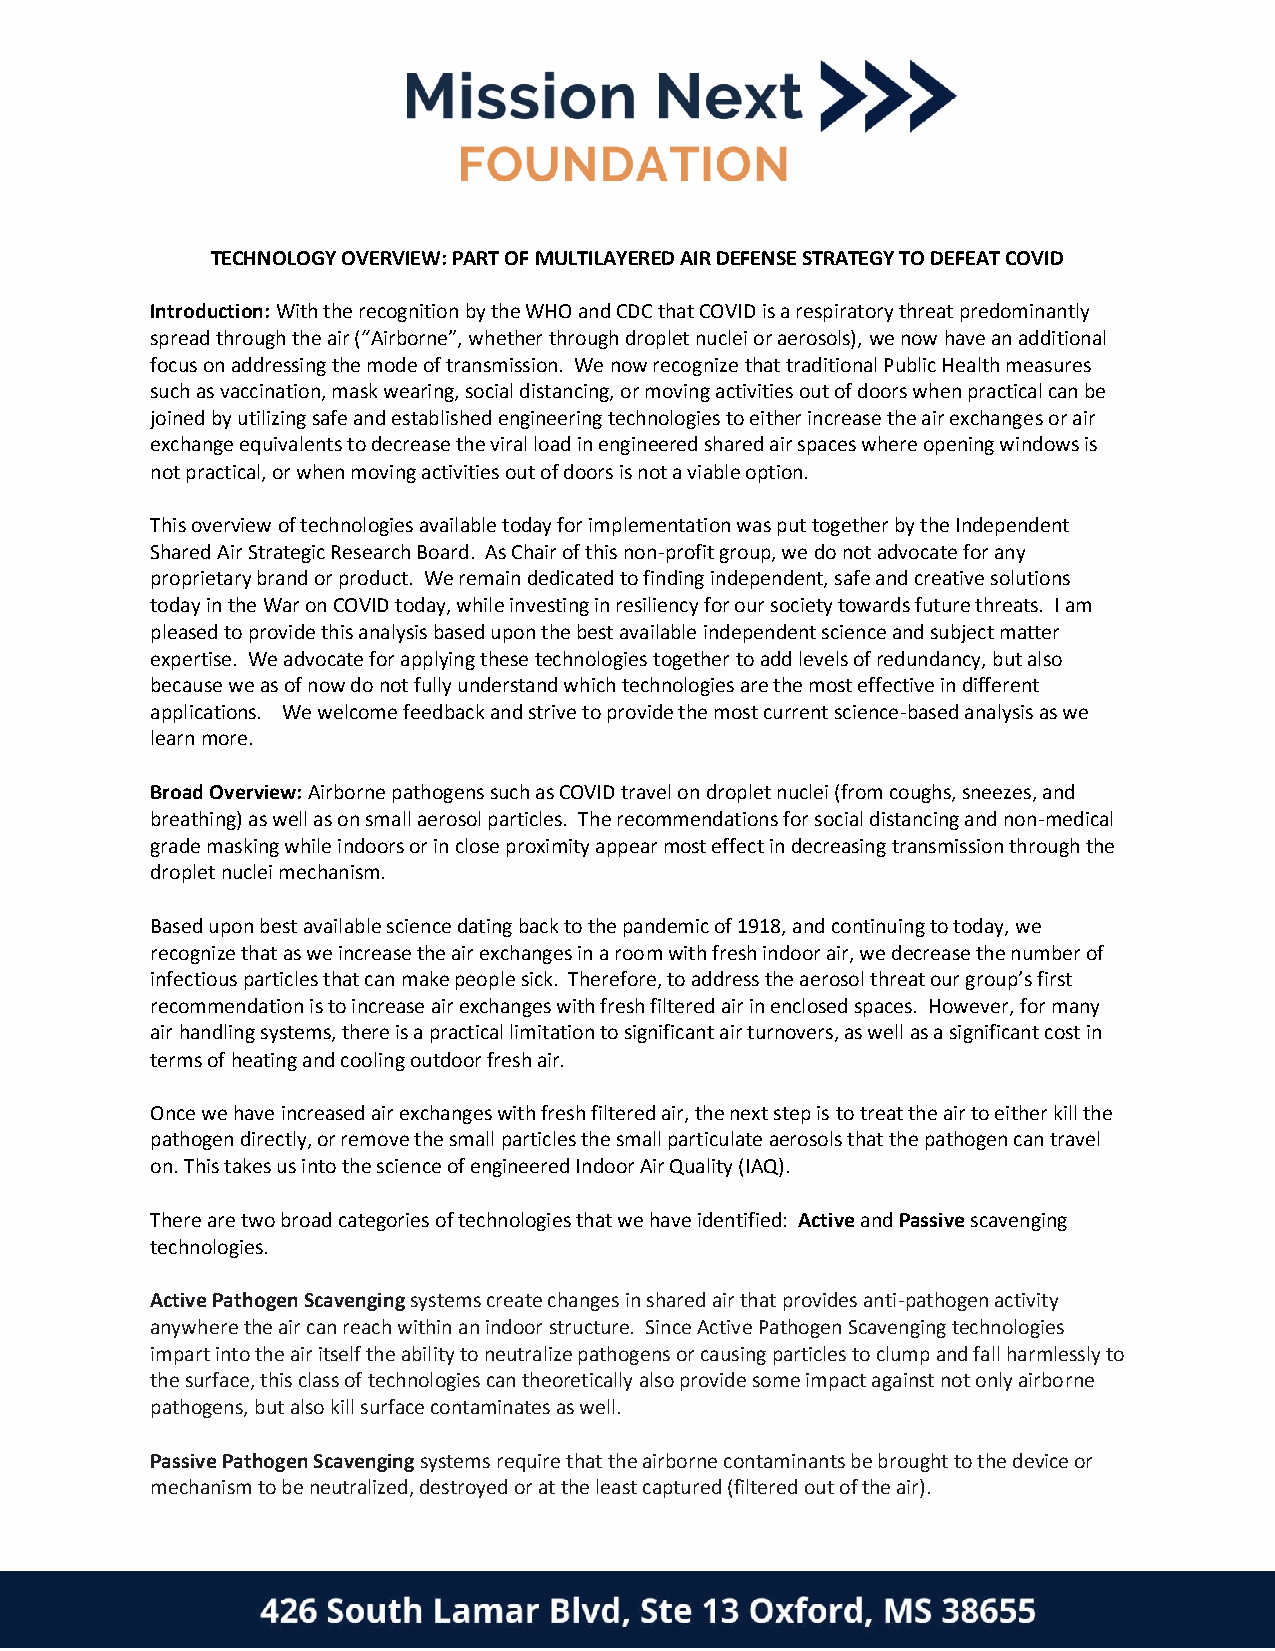
TECHNOLOGY OVERVIEW: PART OF MULTILAYERED AIR DEFENSE STRATEGY TO DEFEAT COVID
 Introduction: With the recognition by the WHO and CDC that COVID is a respiratory threat predominantly
 spread through the air (“Airborne”, whether through droplet nuclei or aerosols), we now have an additional
 focus on addressing the mode of transmission. We now recognize that traditional Public Health measures
 such as vaccination, mask wearing, social distancing, or moving activities out of doors when practical can be
 joined by utilizing safe and established engineering technologies to either increase the air exchanges or air
 exchange equivalents to decrease the viral load in engineered shared air spaces where opening windows is
 not practical, or when moving activities out of doors is not a viable option.
 This overview of technologies available today for implementation was put together by the Independent
 Shared Air Strategic Research Board. As Chair of this non-profit group, we do not advocate for any
 proprietary brand or product. We remain dedicated to finding independent, safe and creative solutions
 today in the War on COVID today, while investing in resiliency for our society towards future threats. I am
 pleased to provide this analysis based upon the best available independent science and subject matter
 expertise. We advocate for applying these technologies together to add levels of redundancy, but also
 because we as of now do not fully understand which technologies are the most effective in different
 applications. We welcome feedback and strive to provide the most current science-based analysis as we
 learn more.
 Broad Overview: Airborne pathogens such as COVID travel on droplet nuclei (from coughs, sneezes, and
 breathing) as well as on small aerosol particles. The recommendations for social distancing and non-medical
 grade masking while indoors or in close proximity appear most effect in decreasing transmission through the
 droplet nuclei mechanism.
 Based upon best available science dating back to the pandemic of 1918, and continuing to today, we
 recognize that as we increase the air exchanges in a room with fresh indoor air, we decrease the number of
 infectious particles that can make people sick. Therefore, to address the aerosol threat our group’s first
 recommendation is to increase air exchanges with fresh filtered air in enclosed spaces. However, for many
 air handling systems, there is a practical limitation to significant air turnovers, as well as a significant cost in
 terms of heating and cooling outdoor fresh air.
 Once we have increased air exchanges with fresh filtered air, the next step is to treat the air to either kill the
 pathogen directly, or remove the small particles the small particulate aerosols that the pathogen can travel
 on. This takes us into the science of engineered Indoor Air Quality (IAQ).
 There are two broad categories of technologies that we have identified: Active and Passive scavenging
 technologies.
 Active Pathogen Scavenging systems create changes in shared air that provides anti-pathogen activity
 anywhere the air can reach within an indoor structure. Since Active Pathogen Scavenging technologies
 impart into the air itself the ability to neutralize pathogens or causing particles to clump and fall harmlessly to
 the surface, this class of technologies can theoretically also provide some impact against not only airborne
 pathogens, but also kill surface contaminates as well.
 Passive Pathogen Scavenging systems require that the airborne contaminants be brought to the device or
 mechanism to be neutralized, destroyed or at the least captured (filtered out of the air).